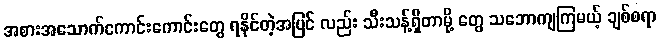
အစားအသောက်ကောင်းကောင်းတွေ ရနိုင်တဲ့အပြင် လည်း သီးသန့်ရှိတာမို့ တွေ သဘောကျကြမယ့် ချစ်စရာ